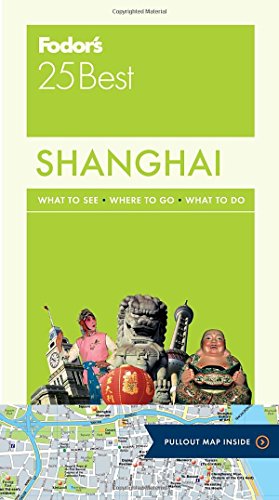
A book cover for Fodor's Shanghai 25 Best (Full-color Travel Guide); Fodor's; Travel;